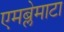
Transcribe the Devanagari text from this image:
एमब्लेमाटा